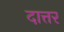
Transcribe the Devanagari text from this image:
दात्तर